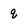
Character: q